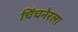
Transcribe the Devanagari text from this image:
चिंचनेरला